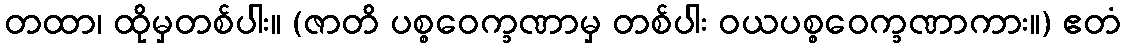
တထာ၊ ထိုမှတစ်ပါး။ (ဇာတိ ပစ္စဝေက္ခဏာမှ တစ်ပါး ဝယပစ္စဝေက္ခဏာကား။) ဧတံ